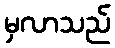
မှလာသည်